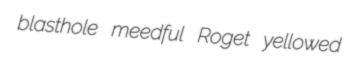
blasthole meedful Roget yellowed